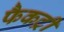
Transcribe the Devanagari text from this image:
फैकट्री